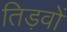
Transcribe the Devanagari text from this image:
तिड़वों